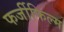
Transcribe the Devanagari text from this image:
फर्जीफिल्म